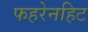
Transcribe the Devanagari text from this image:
फहरेनहिट